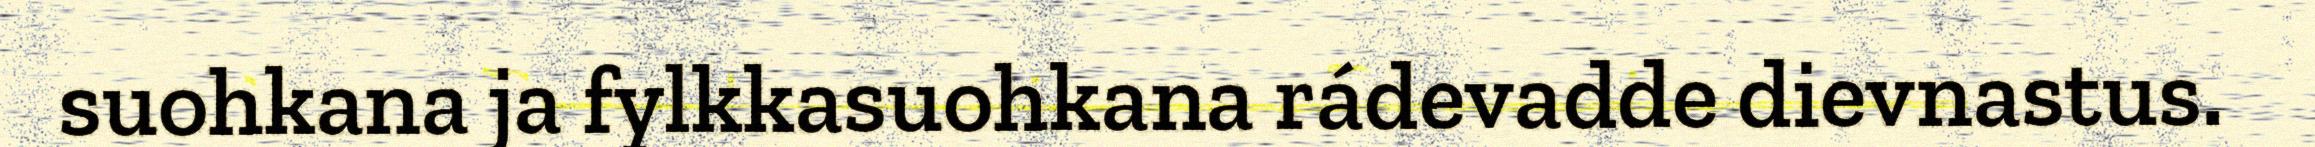
suohkana ja fylkkasuohkana rádevadde dievnastus.